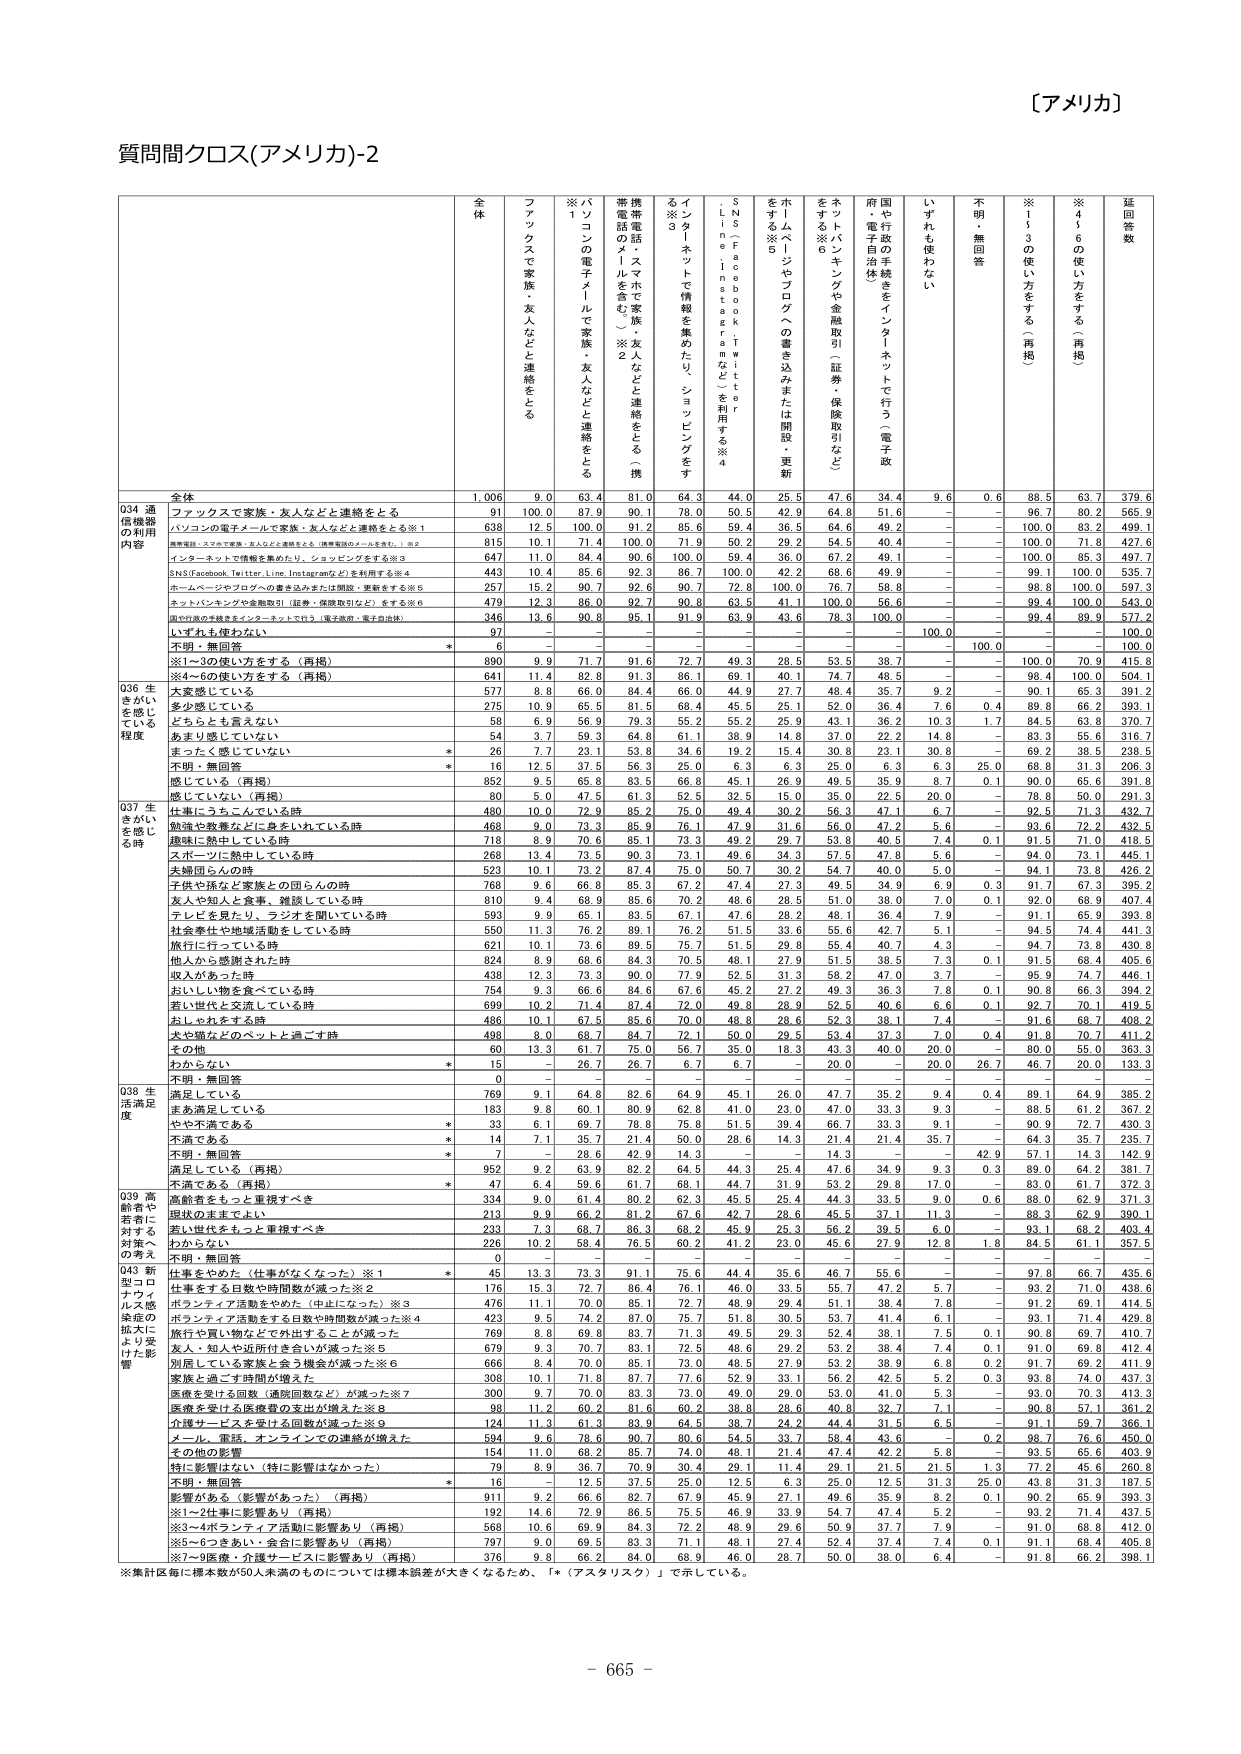
【アメリカ】
質問間クロス(アメリカ)-2

全体
ファックスで家族・友人などと連絡をとる
※1 パソコンの電子メールで家族・友人などと連絡をとる
※2 携帯電話（スマートフォンを含む）※2 で家族・友人などと連絡をとる
※3 インターネットで情報を集めたり、ショッピングをする※3
SNS（Facebook, Twitter, Line, Instagramなど）を利用する※4
ホームぺージやブログへの書き込みまたは閲覧・更新をする※5
ネットバンキングや金融取引（証券・保険取引など）をする※6
国や行政の手続きをインターネットで行う（電子政府・電子自治体）
いずれも使わない
不明・無回答
※1～3の使い方をする（再掲）
※4～6の使い方をする（再掲）
※1～3の使い方をする（再掲）
※4～6の使い方をする（再掲）
036 生きがいを感じている程度
大変感じている
多少感じている
どちらとも言えない
あまり感じていない
まったく感じていない
不明・無回答
感じている（再掲）
感じていない（再掲）
037 生きがいを感じる時
仕事にうんこんでいる時
勉強や教養などに身をいれている時
趣味に熱中している時
スポーツに熱中している時
夫婦同士の時
子供や孫など家族との団らんの時
友人や知人と食事、雑談している時
テレビを見たり、ラジオを聞いている時
社会奉仕や地域活動をしている時
旅行に行っている時
他人から感謝された時
収入があった時
おいしい物を食べている時
新しい世代を交流している時
おしゃれをする時
夫や恋人とのベットと過ごす時
その他
わからない
不明・無回答
038 生活満足度
満足している
まあ満足している
やや不満である
不満である
不明・無回答
満足している（再掲）
不満である（再掲）
039 高齢者や若者に対する対策への考え
高齢者をもっと重視すべき
現状のままでよい
若い世代をもっと重視すべき
わからない
不明・無回答
043 新型コロナウイルス感染症の拡大により受けた影響
仕事その他の（仕事がなくなった）※1
仕事をする日数や時間が減った※2
ボランティア活動をやめた（中止になった）※3
ボランティア活動をする日数や時間が減った※4
旅行や買い物などが外出することが減った
友人・知人や近所付き合いが減った※5
別居している家族と会う機会が減った※6
家族と過ごす時間が減った
医療を受ける回数（通院回数など）が減った※7
医療を受けた医療費の支出が増えた※8
介護サービスを受けた回数が減った※9
メール、電話、オンラインでの連絡が増えた
その他の影響
特に影響はない（特に影響はなかった）
不明・無回答
影響がある（影響があった）（再掲）
※1～2仕事に影響あり（再掲）
※3～4ボランティア活動に影響あり（再掲）
※5～6つあわい・会合に影響あり（再掲）
※7～9医療・介護サービスに影響あり（再掲）
※集計区毎に標本数が50人未満のものについては標本誤差が大きくなるため、「*（アスタリスク）」で示している。

全体
1,006
9.0
63.4
81.0
64.3
44.0
25.5
47.6
34.4
9.6
0.6
88.5
63.7
379.6
ファックスで家族・友人などと連絡をとる
91
100.0
87.9
90.1
78.0
50.5
42.9
64.8
51.6
-
-
96.7
80.2
565.9
パソコンの電子メールで家族・友人などと連絡をとる※1
638
12.5
100.0
91.2
85.6
59.4
36.5
64.6
49.2
-
-
100.0
83.2
499.1
携帯電話（スマートフォンを含む）※2 で家族・友人などと連絡をとる
815
10.1
71.4
100.0
71.9
50.2
29.2
54.5
40.4
-
-
100.0
71.8
427.6
インターネットで情報を集めたり、ショッピングをする※3
647
11.0
84.4
90.6
100.0
59.4
36.0
67.2
49.1
-
-
100.0
85.3
487.7
SNS（Facebook, Twitter, Line, Instagramなど）を利用する※4
443
10.4
85.6
92.3
86.7
100.0
42.2
68.6
49.9
-
-
99.1
100.0
535.7
ホームぺージやブログへの書き込みまたは閲覧・更新をする※5
257
15.2
90.7
92.6
90.7
72.8
100.0
76.7
58.8
-
-
98.8
100.0
597.3
ネットバンキングや金融取引（証券・保険取引など）をする※6
479
12.3
86.0
92.7
90.8
63.5
41.1
100.0
56.6
-
-
99.4
100.0
543.0
国や行政の手続きをインターネットで行う（電子政府・電子自治体）
346
13.6
90.8
95.1
91.9
63.9
43.6
78.3
100.0
-
-
99.4
89.9
577.2
いずれも使わない
97
-
-
-
-
-
-
-
100.0
-
-
-
-
100.0
不明・無回答
*
6
-
-
-
-
-
-
-
-
100.0
-
-
-
100.0
※1～3の使い方をする（再掲）
890
9.9
71.7
91.6
72.7
49.3
28.5
53.5
38.7
-
-
100.0
70.9
415.8
※4～6の使い方をする（再掲）
641
11.4
82.8
91.3
86.1
69.1
40.1
74.7
48.5
-
-
98.4
100.0
504.1
大変感じている
577
8.8
66.0
84.4
66.0
44.9
27.7
48.4
35.7
9.2
-
90.1
65.3
391.2
多少感じている
275
10.9
65.5
81.5
68.4
45.5
25.1
52.0
36.4
7.6
0.4
89.8
66.2
393.1
どちらとも言えない
58
6.9
56.9
79.3
55.2
55.2
25.9
43.1
36.2
10.3
1.7
84.5
63.8
370.7
あまり感じていない
54
3.7
59.3
64.8
61.1
38.9
14.8
37.0
22.2
14.8
-
83.3
55.6
316.7
まったく感じていない
*
26
7.7
23.1
53.8
34.6
19.2
15.4
30.8
23.1
30.8
-
69.2
38.5
238.5
不明・無回答
*
16
12.5
37.5
56.3
25.0
6.3
6.3
25.0
6.3
6.3
25.0
68.8
31.3
206.3
感じている（再掲）
852
9.5
65.2
83.5
66.8
45.1
26.9
49.5
35.9
8.7
0.1
90.0
65.6
391.8
感じていない（再掲）
80
5.0
47.5
61.3
52.5
32.5
15.0
35.0
22.5
20.0
-
78.8
50.0
281.3
仕事にうんこんでいる時
480
10.0
72.9
85.2
75.0
49.4
30.2
56.3
47.1
6.7
-
92.5
71.3
432.7
勉強や教養などに身をいれている時
468
9.0
73.3
85.9
76.1
47.9
31.6
56.0
47.2
5.6
-
93.6
72.2
432.5
趣味に熱中している時
718
8.9
70.6
85.1
73.3
49.2
29.7
53.8
40.5
7.4
0.1
91.5
71.0
418.5
スポーツに熱中している時
268
13.4
73.5
90.3
73.1
49.6
34.3
57.5
47.8
5.6
-
94.0
73.1
445.1
夫婦同士の時
523
10.1
73.2
87.4
75.0
50.7
30.2
54.7
40.0
5.0
-
94.1
73.8
426.2
子供や孫など家族との団らんの時
768
9.6
66.8
85.3
67.2
47.4
27.3
49.5
34.9
6.9
0.3
91.7
67.3
395.2
友人や知人と食事、雑談している時
810
9.4
68.9
85.6
70.2
48.6
28.5
51.0
38.0
7.0
0.1
92.0
68.9
407.4
テレビを見たり、ラジオを聞いている時
593
9.9
65.1
83.5
67.1
47.6
28.2
48.1
36.4
7.9
-
91.1
65.9
393.8
社会奉仕や地域活動をしている時
550
11.3
76.2
89.1
76.2
51.5
33.6
55.6
42.7
5.1
-
94.5
74.4
441.3
旅行に行っている時
621
10.1
73.6
89.5
75.7
51.5
29.8
55.4
40.7
4.3
-
94.7
73.8
430.8
他人から感謝された時
824
8.9
68.6
84.3
70.5
48.1
27.9
51.5
38.5
7.3
0.1
91.5
68.4
405.6
収入があった時
438
12.3
73.3
90.0
77.9
52.5
31.3
58.2
47.0
3.7
-
95.9
74.7
446.1
おいしい物を食べている時
754
9.3
66.6
84.6
67.6
45.2
27.2
49.3
36.3
7.8
0.1
90.8
66.3
394.2
新しい世代を交流している時
699
10.2
71.4
87.4
72.0
49.8
28.9
52.5
40.6
6.6
0.1
92.7
70.1
419.5
おしゃれをする時
486
10.1
67.5
85.4
70.0
48.9
28.6
52.3
38.1
7.4
-
91.8
68.7
408.2
夫や恋人とのベットと過ごす時
498
8.0
68.7
84.7
72.1
50.0
29.5
53.4
37.3
7.0
0.4
91.8
70.7
411.2
その他
60
13.3
61.7
75.0
56.7
35.0
18.3
43.3
40.0
20.0
-
80.0
55.0
363.3
わからない
*
15
-
26.7
26.7
6.7
6.7
-
20.0
-
20.0
26.7
46.7
20.0
133.3
不明・無回答
0
-
-
-
-
-
-
-
-
-
-
-
-
-
満足している
769
9.1
64.8
82.6
64.9
45.1
26.0
47.7
35.2
9.4
0.4
89.1
64.9
385.2
まあ満足している
183
9.8
60.1
80.9
62.8
41.0
23.0
47.0
33.3
9.3
-
88.5
61.2
367.2
やや不満である
*
33
6.1
69.7
78.8
75.8
51.5
39.4
66.7
33.3
9.1
-
90.9
72.7
430.3
不満である
*
14
7.1
35.7
21.4
50.0
28.6
14.3
21.4
21.4
35.7
-
64.3
35.7
235.7
不明・無回答
*
7
-
28.6
42.9
14.3
-
-
14.3
-
-
42.9
57.1
14.3
142.9
満足している（再掲）
952
9.2
63.9
82.2
64.5
44.3
25.4
47.6
34.9
9.3
0.3
89.0
64.2
381.7
不満である（再掲）
*
47
6.4
59.6
61.7
68.1
44.7
31.9
53.2
29.8
17.0
-
83.0
61.7
372.3
高齢者をもっと重視すべき
334
9.0
61.4
80.2
62.3
45.5
25.4
44.3
33.5
9.0
0.6
88.0
62.9
371.3
現状のままでよい
213
9.9
66.2
81.2
67.6
42.7
28.6
45.5
37.1
11.3
-
88.3
62.9
380.1
若い世代をもっと重視すべき
233
7.3
68.7
86.3
68.2
45.9
25.3
56.2
39.5
6.0
-
93.1
68.2
403.4
わからない
226
10.2
58.4
76.5
60.2
41.2
23.0
45.6
27.9
12.8
1.8
84.5
61.1
357.5
不明・無回答
0
-
-
-
-
-
-
-
-
-
-
-
-
-
仕事その他の（仕事がなくなった）※1
*
45
13.3
73.3
91.1
75.6
44.4
35.6
46.7
55.6
-
-
97.8
66.7
435.6
仕事をする日数や時間が減った※2
176
15.3
72.7
86.4
76.1
46.0
33.5
55.7
47.2
5.7
-
93.2
71.0
438.6
ボランティア活動をやめた（中止になった）※3
476
11.1
70.0
85.1
72.7
48.9
29.4
51.1
38.4
7.8
-
91.2
69.1
414.5
ボランティア活動をする日数や時間が減った※4
423
9.5
74.2
87.0
75.7
51.8
30.5
53.7
41.4
6.1
-
93.1
71.4
429.8
旅行や買い物などが外出することが減った
769
8.8
69.8
83.7
71.3
49.5
29.3
52.4
38.1
7.5
0.1
90.8
69.7
410.7
友人・知人や近所付き合いが減った※5
679
9.3
70.7
83.1
72.5
48.6
29.2
53.2
38.4
7.4
0.1
91.0
69.8
412.4
別居している家族と会う機会が減った※6
666
8.4
70.0
85.1
73.0
48.5
27.9
53.2
38.9
6.8
0.2
91.7
69.2
411.9
家族と過ごす時間が減った
308
10.1
71.8
87.7
77.6
52.9
33.1
56.2
42.5
5.2
0.3
93.8
74.0
437.3
医療を受ける回数（通院回数など）が減った※7
300
9.7
70.0
83.3
73.0
49.0
29.0
53.0
41.0
5.3
-
93.0
70.3
413.3
医療を受けた医療費の支出が増えた※8
98
11.2
60.2
81.6
60.2
38.8
28.6
40.8
32.7
7.1
-
90.8
57.1
361.2
介護サービスを受けた回数が減った※9
124
11.3
61.3
83.9
64.5
38.7
24.2
44.4
31.5
6.5
-
91.1
59.7
366.1
メール、電話、オンラインでの連絡が増えた
594
9.6
78.6
90.7
80.6
54.5
33.7
58.4
43.6
-
0.2
98.7
76.6
450.0
その他の影響
154
11.0
68.2
85.7
74.0
48.1
21.4
47.4
42.2
5.8
-
93.5
65.6
403.9
特に影響はない（特に影響はなかった）
79
8.9
36.7
70.9
30.4
29.1
11.4
29.1
21.5
1.3
-
77.2
45.6
260.8
不明・無回答
*
16
-
12.5
37.5
25.0
12.5
6.3
25.0
12.5
31.3
25.0
43.8
31.3
187.5
影響がある（影響があった）（再掲）
911
9.2
66.6
82.7
67.9
45.9
27.1
49.6
35.9
8.2
0.1
90.2
65.9
393.3
※1～2仕事に影響あり（再掲）
192
14.6
72.9
86.5
75.5
46.9
33.9
54.7
47.4
5.2
-
93.2
71.4
437.5
※3～4ボランティア活動に影響あり（再掲）
568
10.6
69.9
84.3
72.2
48.9
29.6
50.9
37.7
7.9
-
91.0
68.8
412.0
※5～6つあわい・会合に影響あり（再掲）
797
9.0
69.5
83.3
71.1
48.1
27.4
52.4
37.4
7.4
0.1
91.1
68.4
405.8
※7～9医療・介護サービスに影響あり（再掲）
376
9.8
66.2
84.0
68.9
46.0
28.7
50.0
38.0
6.4
-
91.8
66.2
398.1
※集計区毎に標本数が50人未満のものについては標本誤差が大きくなるため、「*（アスタリスク）」で示している。

- 665 -